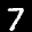
Label: 7